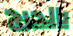
بالحرج